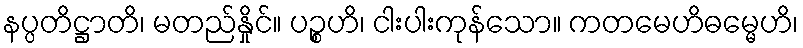
နပ္ပတိဋ္ဌာတိ၊ မတည်နှိုင်။ ပဉ္စဟိ၊ ငါးပါးကုန်သော။ ကတမေဟိဓမ္မေဟိ၊